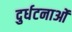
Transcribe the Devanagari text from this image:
दुर्धटनाओं